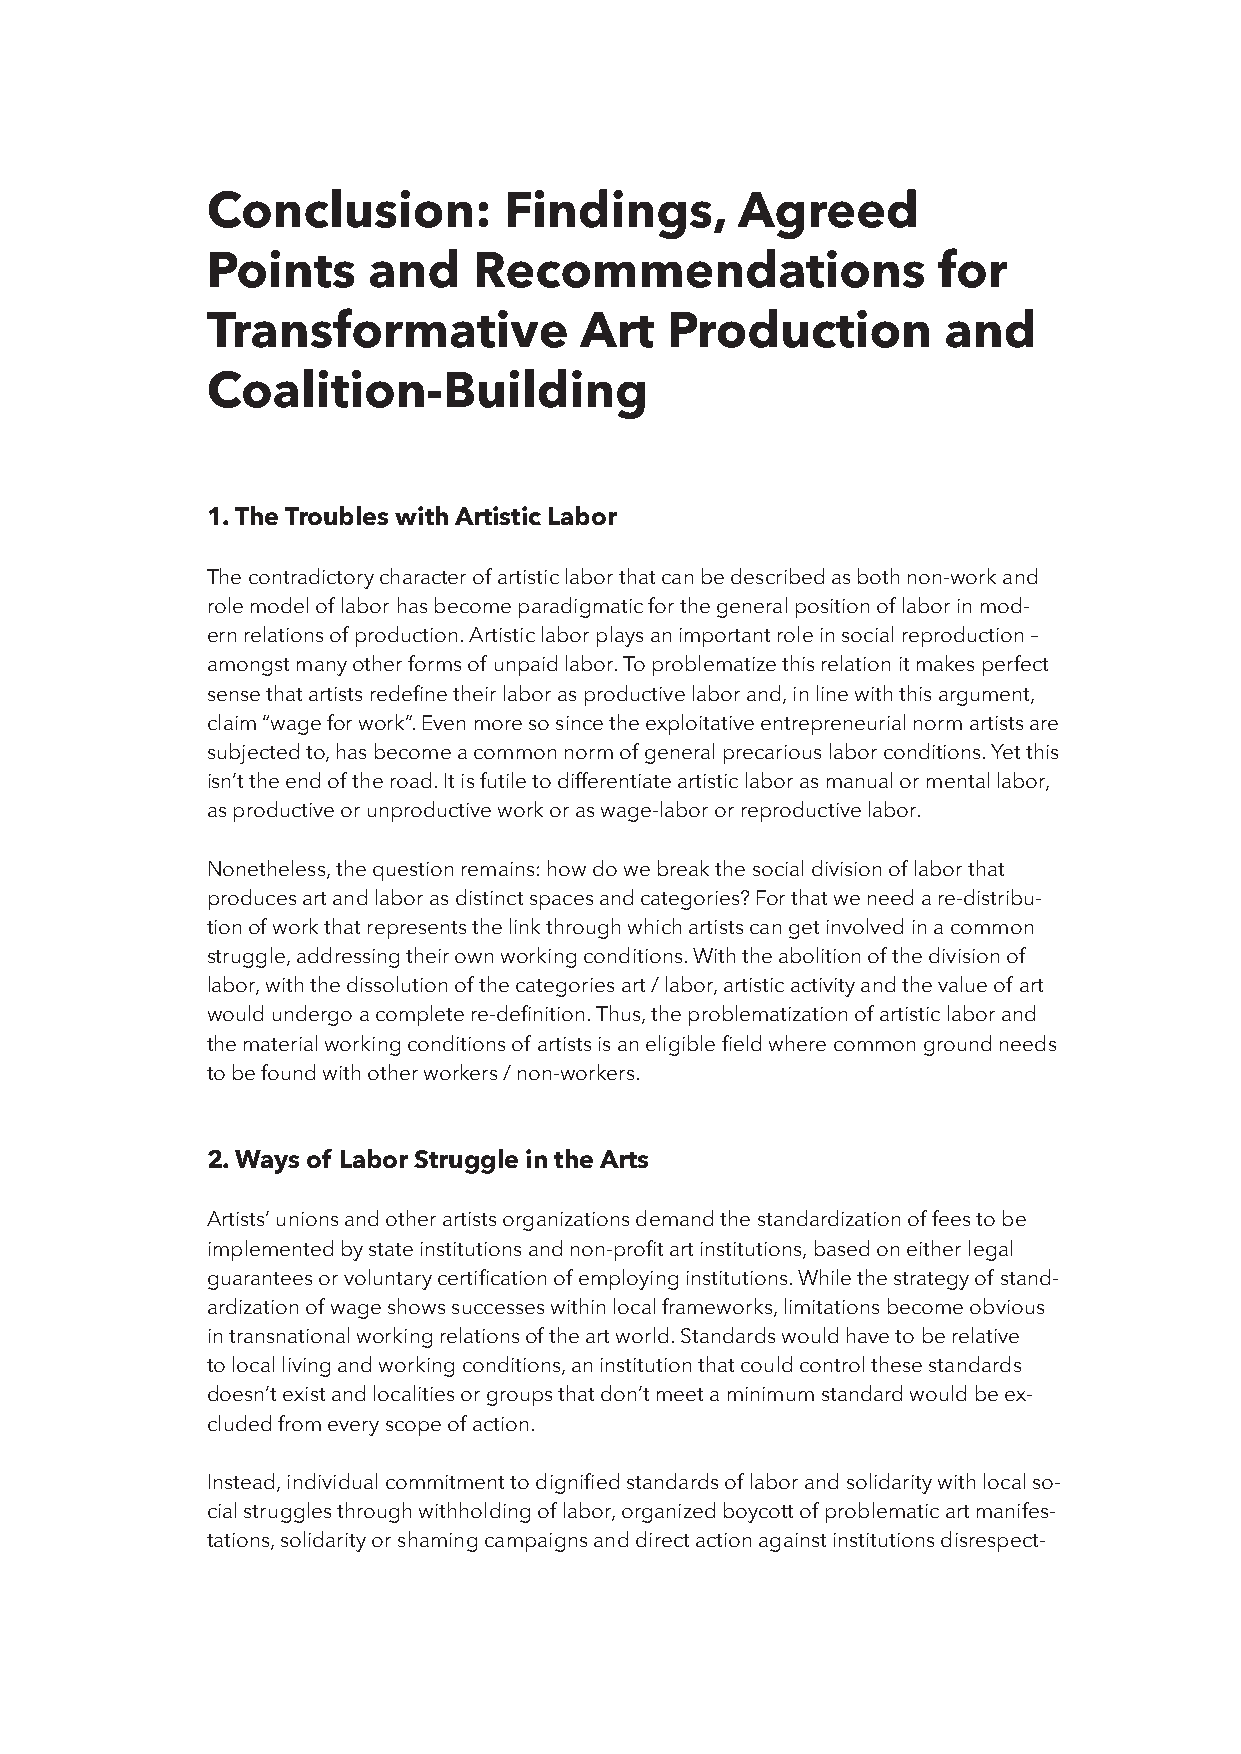
Conclusion:        Findings,       Agreed
 Points    and    Recommendations                for
 Transformative          Art   Production        and
 Coalition-Building
 1. The Troubles with Artistic Labor
 The contradictory character of artistic labor that can be described as both non-work and
 role model of labor has become paradigmatic for the general position of labor in mod-
 ern relations of production. Artistic labor plays an important role in social reproduction –
 amongst many other forms of unpaid labor. To problematize this relation it makes perfect
 sense that artists redefine their labor as productive labor and, in line with this argument,
 claim “wage for work”. Even more so since the exploitative entrepreneurial norm artists are
 subjected to, has become a common norm of general precarious labor conditions. Yet this
 isn’t the end of the road. It is futile to differentiate artistic labor as manual or mental labor,
 as productive or unproductive work or as wage-labor or reproductive labor.
 Nonetheless, the question remains: how do we break the social division of labor that
 produces art and labor as distinct spaces and categories? For that we need a re-distribu-
 tion of work that represents the link through which artists can get involved in a common
 struggle, addressing their own working conditions. With the abolition of the division of
 labor, with the dissolution of the categories art / labor, artistic activity and the value of art
 would undergo a complete re-definition. Thus, the problematization of artistic labor and
 the material working conditions of artists is an eligible field where common ground needs
 to be found with other workers / non-workers.
 2. Ways of Labor Struggle in the Arts
 Artists’ unions and other artists organizations demand the standardization of fees to be
 implemented by state institutions and non-profit art institutions, based on either legal
 guarantees or voluntary certification of employing institutions. While the strategy of stand-
 ardization of wage shows successes within local frameworks, limitations become obvious
 in transnational working relations of the art world. Standards would have to be relative
 to local living and working conditions, an institution that could control these standards
 doesn’t exist and localities or groups that don’t meet a minimum standard would be ex-
 cluded from every scope of action.
 Instead, individual commitment to dignified standards of labor and solidarity with local so-
 cial struggles through withholding of labor, organized boycott of problematic art manifes-
 tations, solidarity or shaming campaigns and direct action against institutions disrespect-